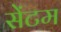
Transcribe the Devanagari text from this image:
सेंटम